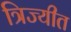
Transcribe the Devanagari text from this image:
त्रिज्यीत